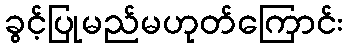
ခွင့်ပြုမည်မဟုတ်ကြောင်း